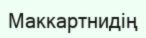
Маккартнидің